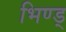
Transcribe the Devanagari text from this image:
भिण्ड्